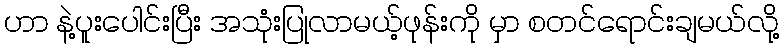
ဟာ နဲ့ပူးပေါင်းပြီး အသုံးပြုလာမယ့်ဖုန်းကို မှာ စတင်ရောင်းချမယ်လို့